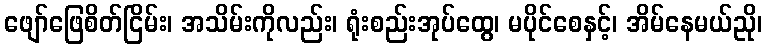
ဖျော်ဖြေစိတ်ငြိမ်း၊ အသိမ်းကိုလည်း၊ ရုံးစည်းအုပ်ထွေ၊ မပိုင်စေနှင့်၊ အိမ်နေမယ်ညို၊